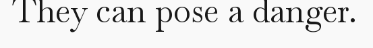
They can pose a danger.